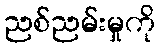
ညစ်ညမ်းမှုကို